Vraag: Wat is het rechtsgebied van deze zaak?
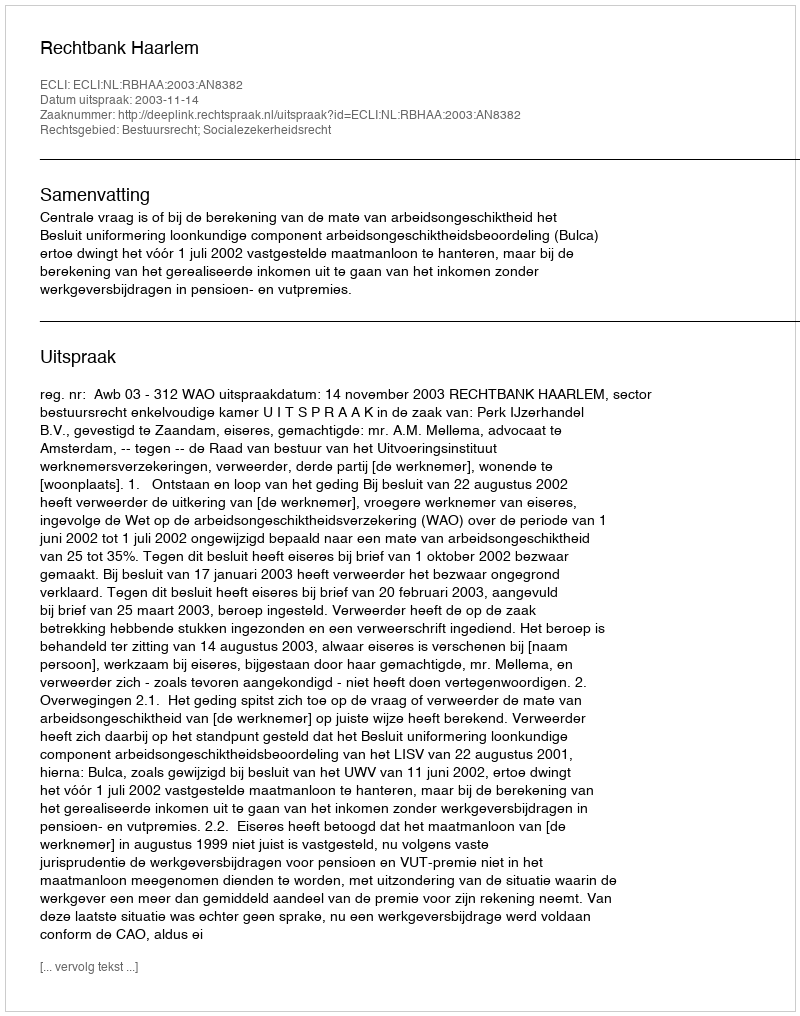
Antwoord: Bestuursrecht; Socialezekerheidsrecht